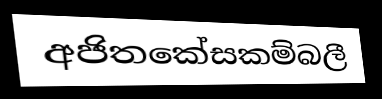
අජිතකේසකම්බලී